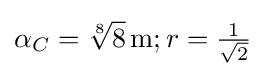
\alpha _{C}={\sqrt[{8}]{8}}\,{\text{m}};r={\tfrac {1}{\sqrt {2}}}